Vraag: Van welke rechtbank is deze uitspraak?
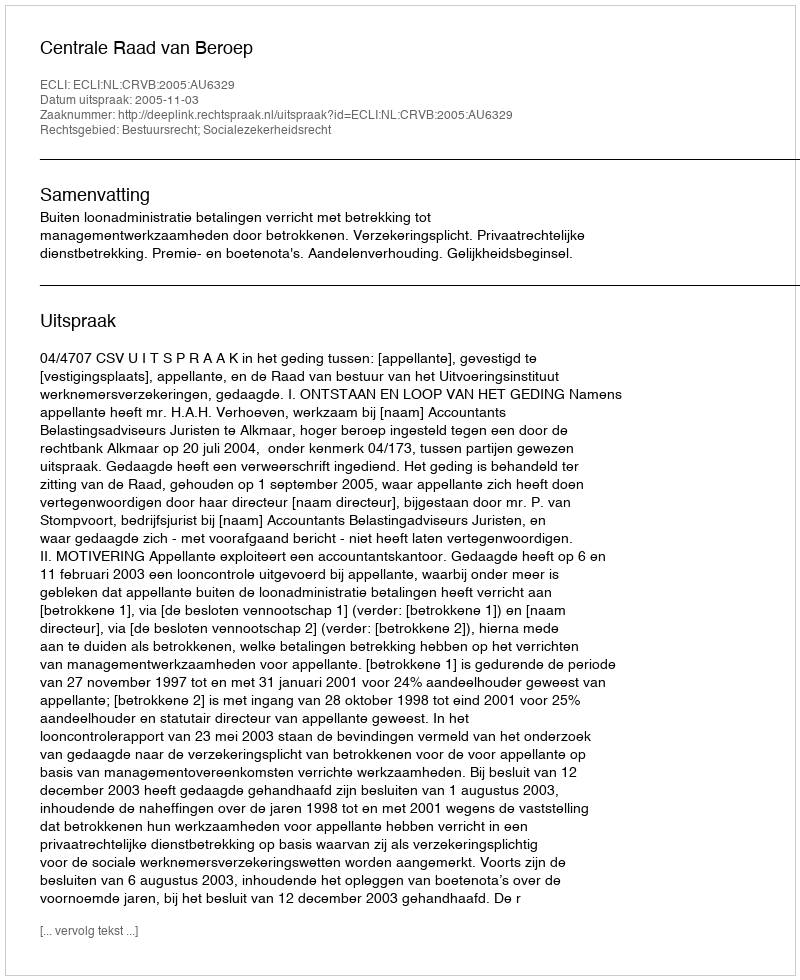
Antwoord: Centrale Raad van Beroep